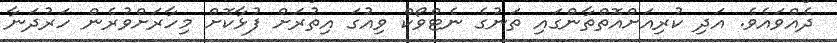
ދެއްވައެވެ. އަދި ކުރިއަށްއޮތްތާންގައި ތަނުގެ ނެޓްވޯކް ވިއުގަ އިތުރަށް ފުޅާކޮށް މިހާރަށްވުރެން ހަރުދަނާ